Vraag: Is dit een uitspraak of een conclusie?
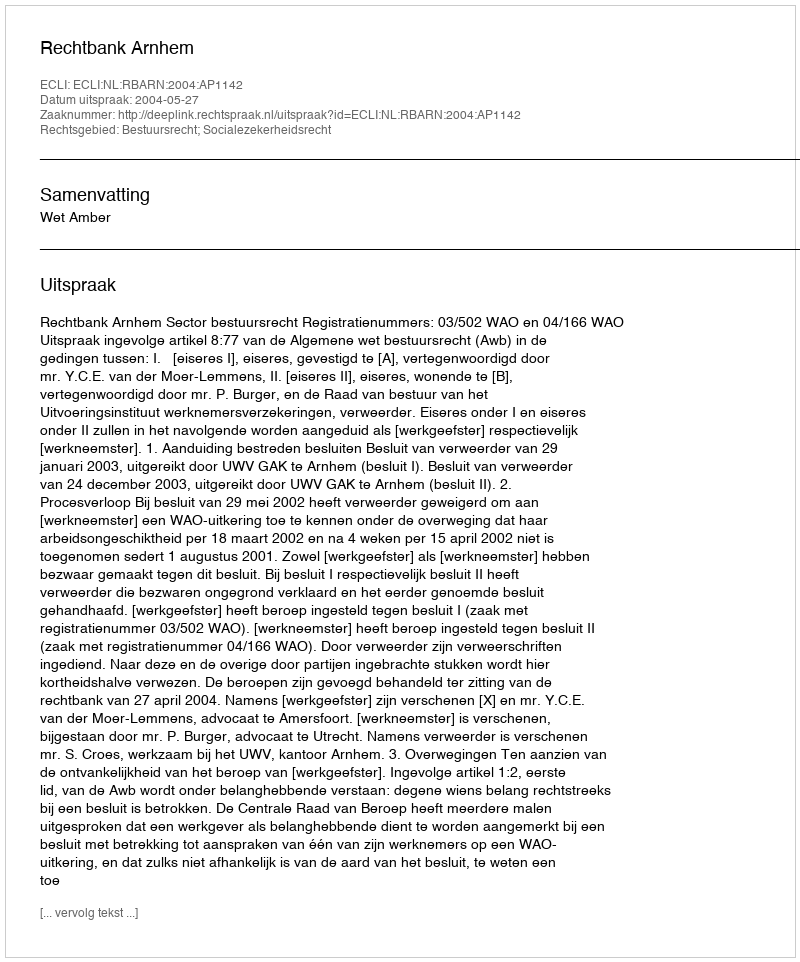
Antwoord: Uitspraak